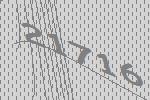
21716